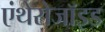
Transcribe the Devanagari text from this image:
एंथेरोजॉइड